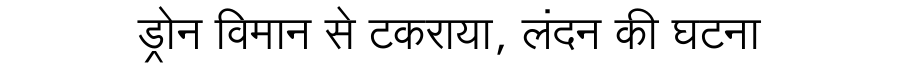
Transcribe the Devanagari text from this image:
ड्रोन विमान से टकराया, लंदन की घटना